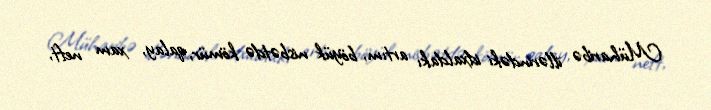
Müharibə illərindəki idxaldakı artım, böyük nisbətdə kömür, qalay, xam neft,